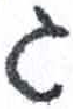
אות: ג